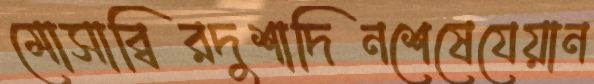
মোসাব্বিরদুশাদিনশেষেযেয়ান